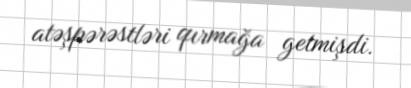
atəşpərəstləri qırmağa getmişdi.